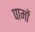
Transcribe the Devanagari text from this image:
पामों